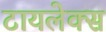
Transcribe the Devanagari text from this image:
टायलेक्स